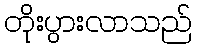
တိုးပွားလာသည်